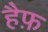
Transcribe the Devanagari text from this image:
हैफ़